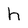
Character: h